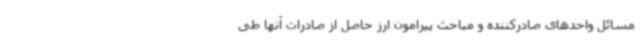
مسائل واحدهای صادرکننده و مباحث پیرامون ارز حاصل از صادرات آنها طی